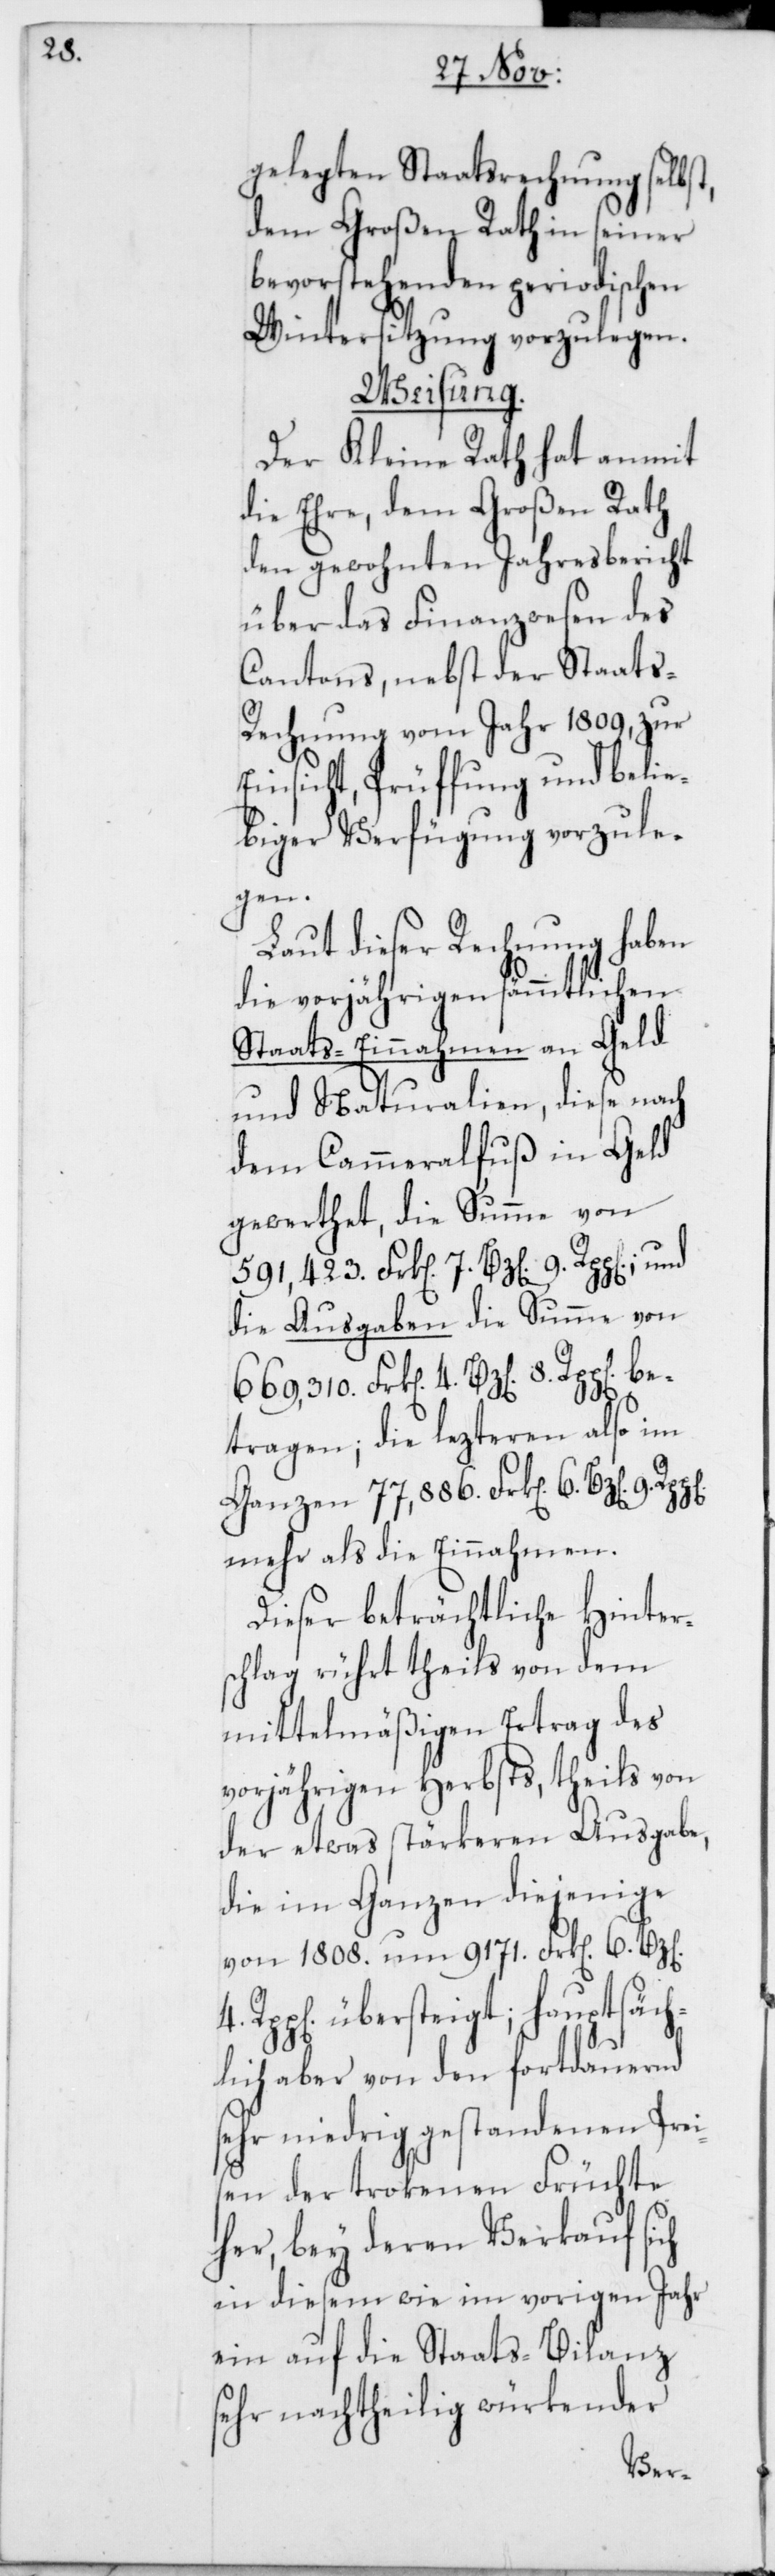
gelegten Staatsrechnung selbst,
dem Großen Rath in seiner
bevorstehenden periodischen
Wintersitzung vorzulegen.
Weisung.
Der Kleine Rath hat anmit
die Ehre, dem Großen Rath
den gewohnten Jahresbericht
über das Finanzwesen des
Cantons, nebst der Staats¬
rechnung vom Jahr 1809, zur
Einsicht, Prüffung und belie¬
biger Verfügung vorzule¬
gen.
Laut dieser Rechnung haben
die vorjährigen sämmtlichen
Staats-Einnahmen an Geld
und Naturalien, diese nach
dem Cammeralfuß in Geld
gewerthet, die Summe von
die Ausgaben die Summe von
tragen; die lezteren also im
Ganzen 77'886 Frk[en]. 6 Bz[en].
mehr als die Einnahmen.
Dieser beträchtliche Hinter¬
schlag rührt theils von dem
mittelmäßigen Ertrag des
vorjährigen Herbsts, theils von
der etwas stärkeren Ausgabe,
die im Ganzen diejenige
von 1808. um 9171 Frk[en]. 6
übersteigt; hauptsäch¬
lich aber von den fortdauernd
sehr niedrig gestandenen Prei¬
sen der trokenen Früchte
her, bey deren Verkauf sich
in diesem wie im vorigen Jahr
ein auf die Staats-Bilanz
sehr nachtheilig würkender
be¬